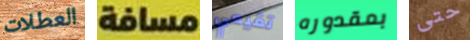
العطلات مسافة تقيمي بمقدوره حتى